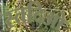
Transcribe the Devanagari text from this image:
स्तदिओ